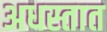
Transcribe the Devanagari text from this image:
अधस्तात